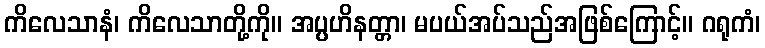
ကိလေသာနံ၊ ကိလေသာတို့ကို။ အပ္ပဟိနတ္တာ၊ မပယ်အပ်သည်အဖြစ်ကြောင့်။ ဂရုကံ၊